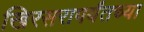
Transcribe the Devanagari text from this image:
खिरसरापर्यंतच्या